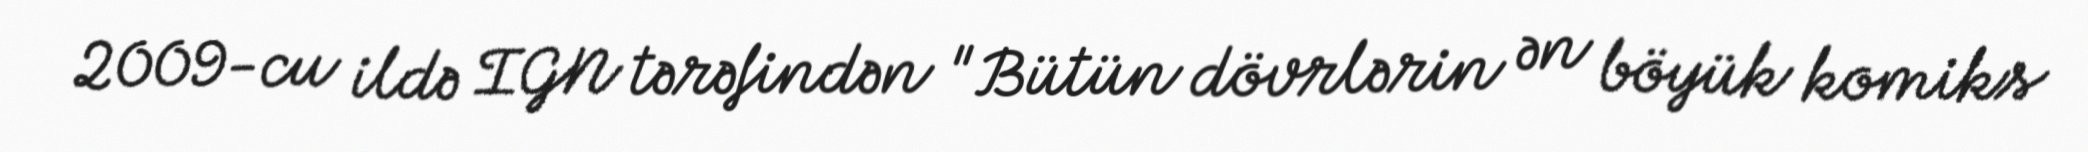
2009-cu ildə IGN tərəfindən "Bütün dövrlərin ən böyük komiks